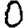
Digit: 0